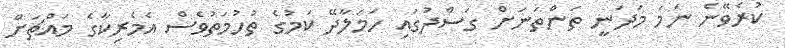
ކުރެވޭނެ ނަމަ މަދަނީ ތަންތަނަށް ގަސްދުގައި ހަމަލާދޭ ކަމުގެ ތުހުމަތުވެސް އެމެރިކާގެ މައްޗަށް